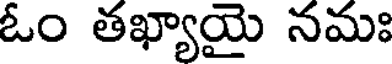
ఓం తఖ్యాయై నమః